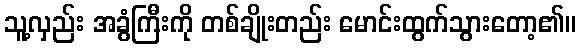
သူ့လှည်း အခွံကြီးကို တစ်ချိုးတည်း မောင်းထွက်သွားတော့၏။